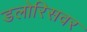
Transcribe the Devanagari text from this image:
डलोरिसवर